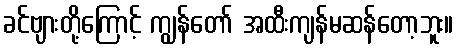
ခင်ဗျားတို့ကြောင့် ကျွန်တော် အထီးကျန်မဆန်တော့ဘူး။